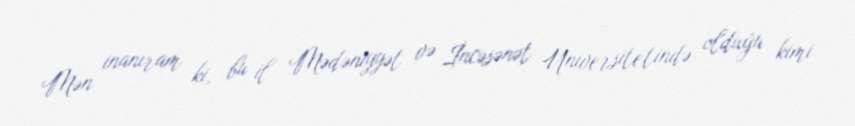
Mən inanıram ki, bu il Mədəniyyət və İncəsənət Universitetində olduğu kimi